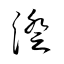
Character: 澄